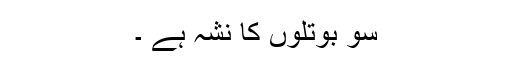
سو بوتلوں کا نشہ ہے ۔